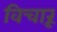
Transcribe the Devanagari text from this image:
विचारूं